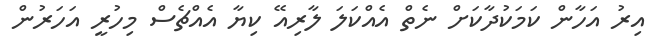
އިރު އަހާން ކަމަކުދާކަށް ނެތް އެއްކަލަ ލާރިއޭ ކިޔާ އެއްޗެސް މިހުރީ އަހަރުން